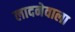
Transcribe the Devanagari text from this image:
लादनेवाला